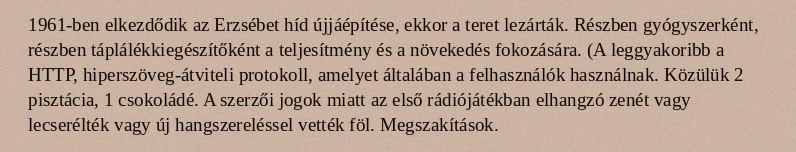
1961-ben elkezdődik az Erzsébet híd újjáépítése, ekkor a teret lezárták. Részben gyógyszerként, részben táplálékkiegészítőként a teljesítmény és a növekedés fokozására. (A leggyakoribb a HTTP, hiperszöveg-átviteli protokoll, amelyet általában a felhasználók használnak. Közülük 2 pisztácia, 1 csokoládé. A szerzői jogok miatt az első rádiójátékban elhangzó zenét vagy lecserélték vagy új hangszereléssel vették föl. Megszakítások.